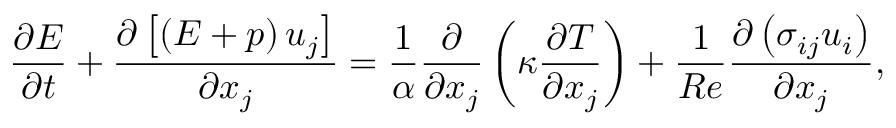
\frac { \partial E } { \partial t } + \frac { \partial \left[ \left( E + p \right) u _ { j } \right] } { \partial x _ { j } } = \frac { 1 } { \alpha } \frac { \partial } { \partial x _ { j } } \left( \kappa \frac { \partial T } { \partial x _ { j } } \right) + \frac { 1 } { R e } \frac { \partial \left( \sigma _ { i j } u _ { i } \right) } { \partial x _ { j } } ,